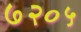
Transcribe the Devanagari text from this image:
७२०५